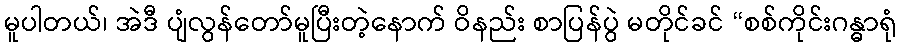
မူပါတယ်၊ အဲဒီ ပျံလွန်တော်မူပြီးတဲ့နောက် ဝိနည်း စာပြန်ပွဲ မတိုင်ခင် “စစ်ကိုင်းဂန္ဓာရုံ